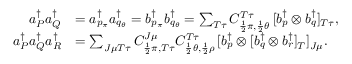
\begin{array} { r l } { a _ { P } ^ { \dagger } a _ { Q } ^ { \dagger } } & { = a _ { p _ { \pi } } ^ { \dagger } a _ { q _ { \theta } } ^ { \dagger } = b _ { p _ { \pi } } ^ { \dagger } b _ { q _ { \theta } } ^ { \dagger } = \sum _ { T \tau } C _ { \frac { 1 } { 2 } \pi , \frac { 1 } { 2 } \theta } ^ { T \tau } \, [ b _ { p } ^ { \dagger } \otimes b _ { q } ^ { \dagger } ] _ { T \tau } , } \\ { a _ { P } ^ { \dagger } a _ { Q } ^ { \dagger } a _ { R } ^ { \dagger } } & { = \sum _ { J \mu T \tau } C _ { \frac { 1 } { 2 } \pi , T \tau } ^ { J \mu } C _ { \frac { 1 } { 2 } \theta , \frac { 1 } { 2 } \rho } ^ { T \tau } \, [ b _ { p } ^ { \dagger } \otimes [ b _ { q } ^ { \dagger } \otimes b _ { r } ^ { \dagger } ] _ { T } ] _ { J \mu } . } \end{array}